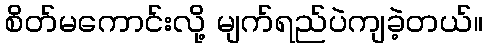
စိတ်မကောင်းလို့ မျက်ရည်ပဲကျခဲ့တယ်။